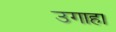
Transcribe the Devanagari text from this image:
उगाहा